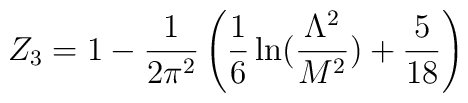
Z_{3}=1-\frac{1}{2 \pi^{2}}\left(\frac{1}{6}\ln(\frac{\Lambda^{2}}{M^{2}})+\frac{5}{18}\right)